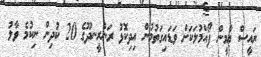
ރައީސް ޔާމީން ފޯއްމުލަކަށް ވަޑައިގަތުމުން އިދިކޮޅު ރަންރީނދޫގެ 20 ކުދިން ނިކުމެ ވާލު